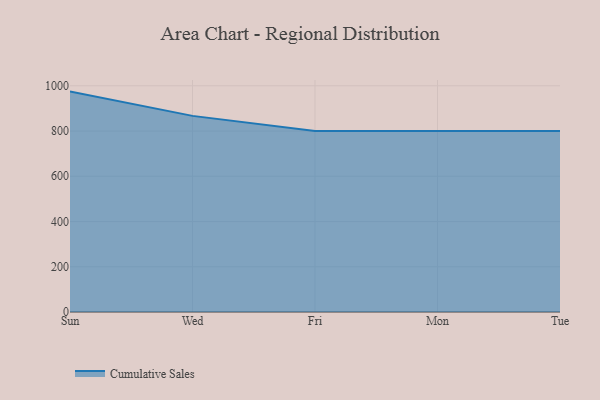
{"axis": {"x": "Day", "y": "Population (Million)"}, "legend": ["Cumulative Sales"], "data": [{"x": "Sun", "y": 974.4, "type": "Cumulative Sales"}, {"x": "Wed", "y": 867.1, "type": "Cumulative Sales"}, {"x": "Fri", "y": 800, "type": "Cumulative Sales"}, {"x": "Mon", "y": 800, "type": "Cumulative Sales"}, {"x": "Tue", "y": 800, "type": "Cumulative Sales"}]}